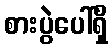
စားပွဲပေါ်ရှိ